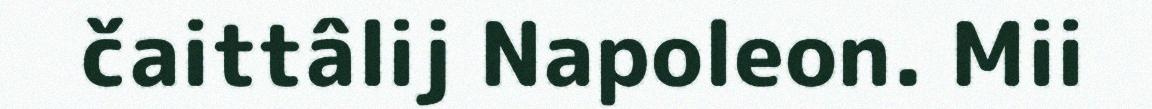
čaittâlij Napoleon. Mii